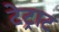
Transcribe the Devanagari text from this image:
टेट्राट